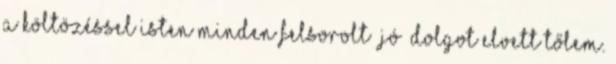
a költözéssel Isten minden felsorolt „jó” dolgot elvett tőlem.